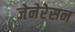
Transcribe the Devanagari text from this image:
जेनेरेसन